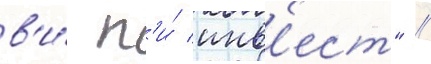
в'и́ п'и́ инв'ест" /